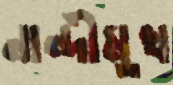
নান্দীমুখ